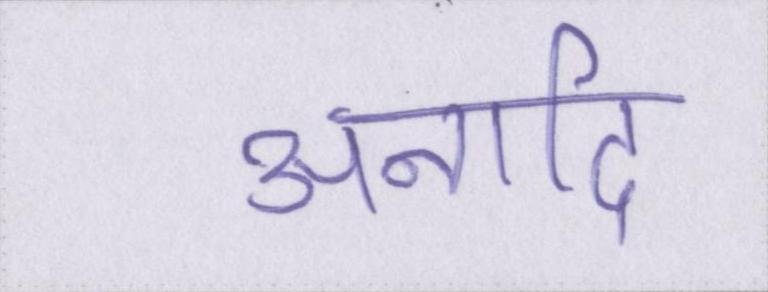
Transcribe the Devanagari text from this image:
अनादि